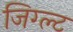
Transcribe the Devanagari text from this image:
जिग्ल्ट